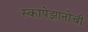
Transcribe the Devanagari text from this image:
स्कापेझानोची